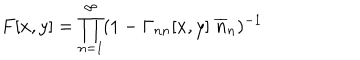
LaTeX: F [ x , y ] = \prod _ { n = 1 } ^ { \infty } ( 1 - \Gamma _ { n n } [ x , y ] \; \overline { { { n } } } _ { n } ) ^ { - 1 }